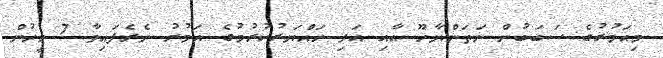
މިއަމުރުގެ ސަބަބުން ނަތަންޔާހޫ އާއި އަދި ހައްޔަރުކުރުމުގެ އަމުރު ނެރެފައިވާ 7 މީހުން